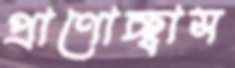
প্রাণোচ্ছ্বাস